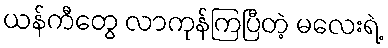
ယန်ကီတွေ လာကုန်ကြပြီတဲ့ မလေးရဲ့